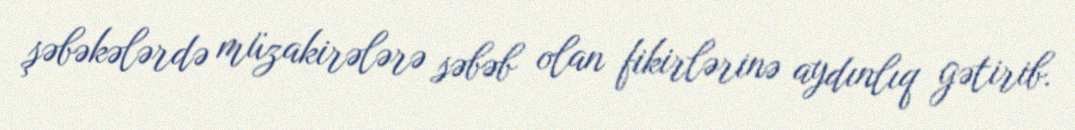
şəbəkələrdə müzakirələrə səbəb olan fikirlərinə aydınlıq gətirib.